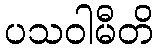
ပသဝါမီတိ